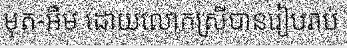
មុត-អឹម ដោយលោកស្រីបានរៀបរាប់